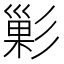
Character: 𭛘